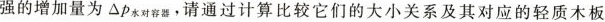
强的增加量为Δp_{水对容器}，请通过计算比较它们的大小关系及其对应的轻质木板